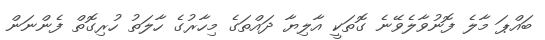
ބައްޕަ މާލެ ފޮނުވާލެވޭނެ ގޮތަކީ އާލިޔާ ދައްތަގެ މިހާރުގެ ހާލަތު ހުރިގޮތް ފެންނަން